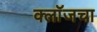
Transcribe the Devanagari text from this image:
क्लॉजचा